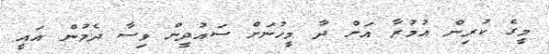
މީގެ ކުރިން އުމުރާ އަށް ދާ މީހުނަށް ސައުދީން ވިސާ ދެމުން އައީ